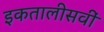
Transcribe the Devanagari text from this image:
इकतालीसवीं